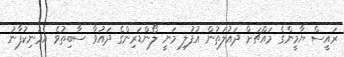
ރައީސް ޔާމީންގެ މައްޗަށް ދައުލަތުން އުފުލި މަނީ ލޯންޑަރިންގެ ދައުވާ ސާބިތުވެ އެމަނިކުފާނު